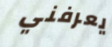
يعرفني